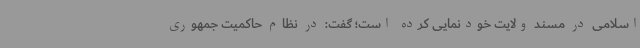
اسلامی در مسند ولایت خودنمایی کرده است؛ گفت: در نظام حاکمیت جمهوری